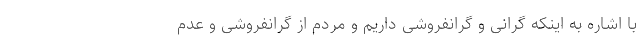
با اشاره به اینکه گرانی و گرانفروشی داریم و مردم از گرانفروشی و عدم